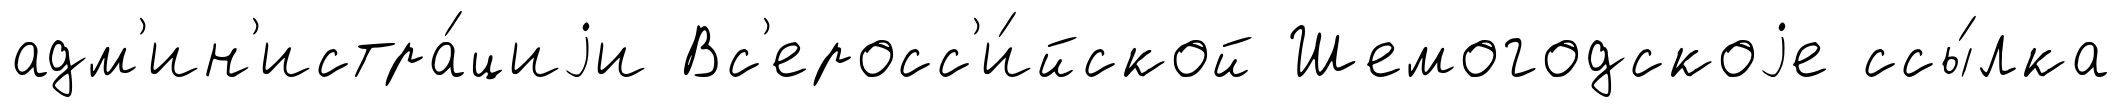
адм'ин'истра́циjи Вс'еросс'и́йской Шемогодскоjе ссы́лка